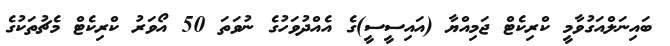
ބައިނަލްއަގުވާމީ ކްރިކެޓް ޖަމިއްޔާ (އައިސީސީ)ގެ އެއްދުވަހުގެ ނުވަތަ 50 އޯވަރު ކްރިކެޓް މެޗުތަކުގެ